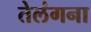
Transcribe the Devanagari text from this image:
तेलंगना